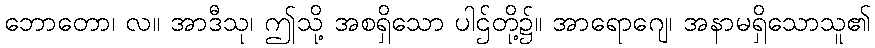
ဘောတော၊ လ။ အာဒီသု၊ ဤသို့ အစရှိသော ပါဌ်တို့၌။ အာရောဂျေ၊ အနာမရှိသောသူ၏